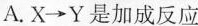
A.X\rightarrow Y是加成反应